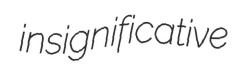
insignificative